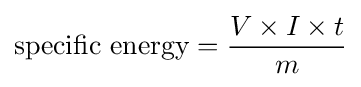
{\text{specific energy}}={\frac {V\times I\times t}{m}}